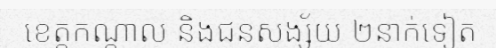
ខេត្តកណ្តាល និងជនសង្ស័យ ២នាក់ទៀត